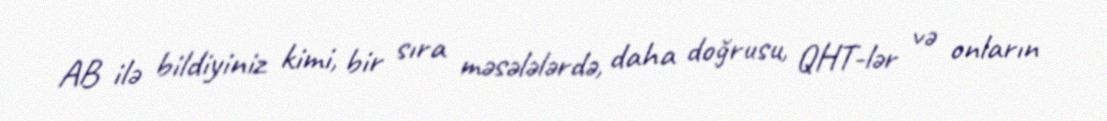
AB ilə bildiyiniz kimi, bir sıra məsələlərdə, daha doğrusu, QHT-lər və onların